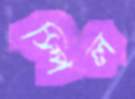
স্পিল